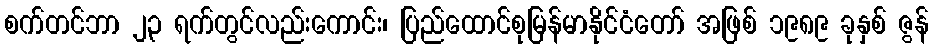
စက်တင်ဘာ ၂၃ ရက်တွင်လည်းကောင်း၊ ပြည်ထောင်စုမြန်မာနိုင်ငံတော် အဖြစ် ၁၉၈၉ ခုနှစ် ဇွန်